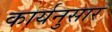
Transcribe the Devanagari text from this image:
कार्यनुसार